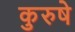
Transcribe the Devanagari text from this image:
कुरुषे